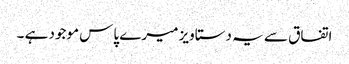
اتفاق سے یہ دستاویز میرے پاس موجود ہے ۔